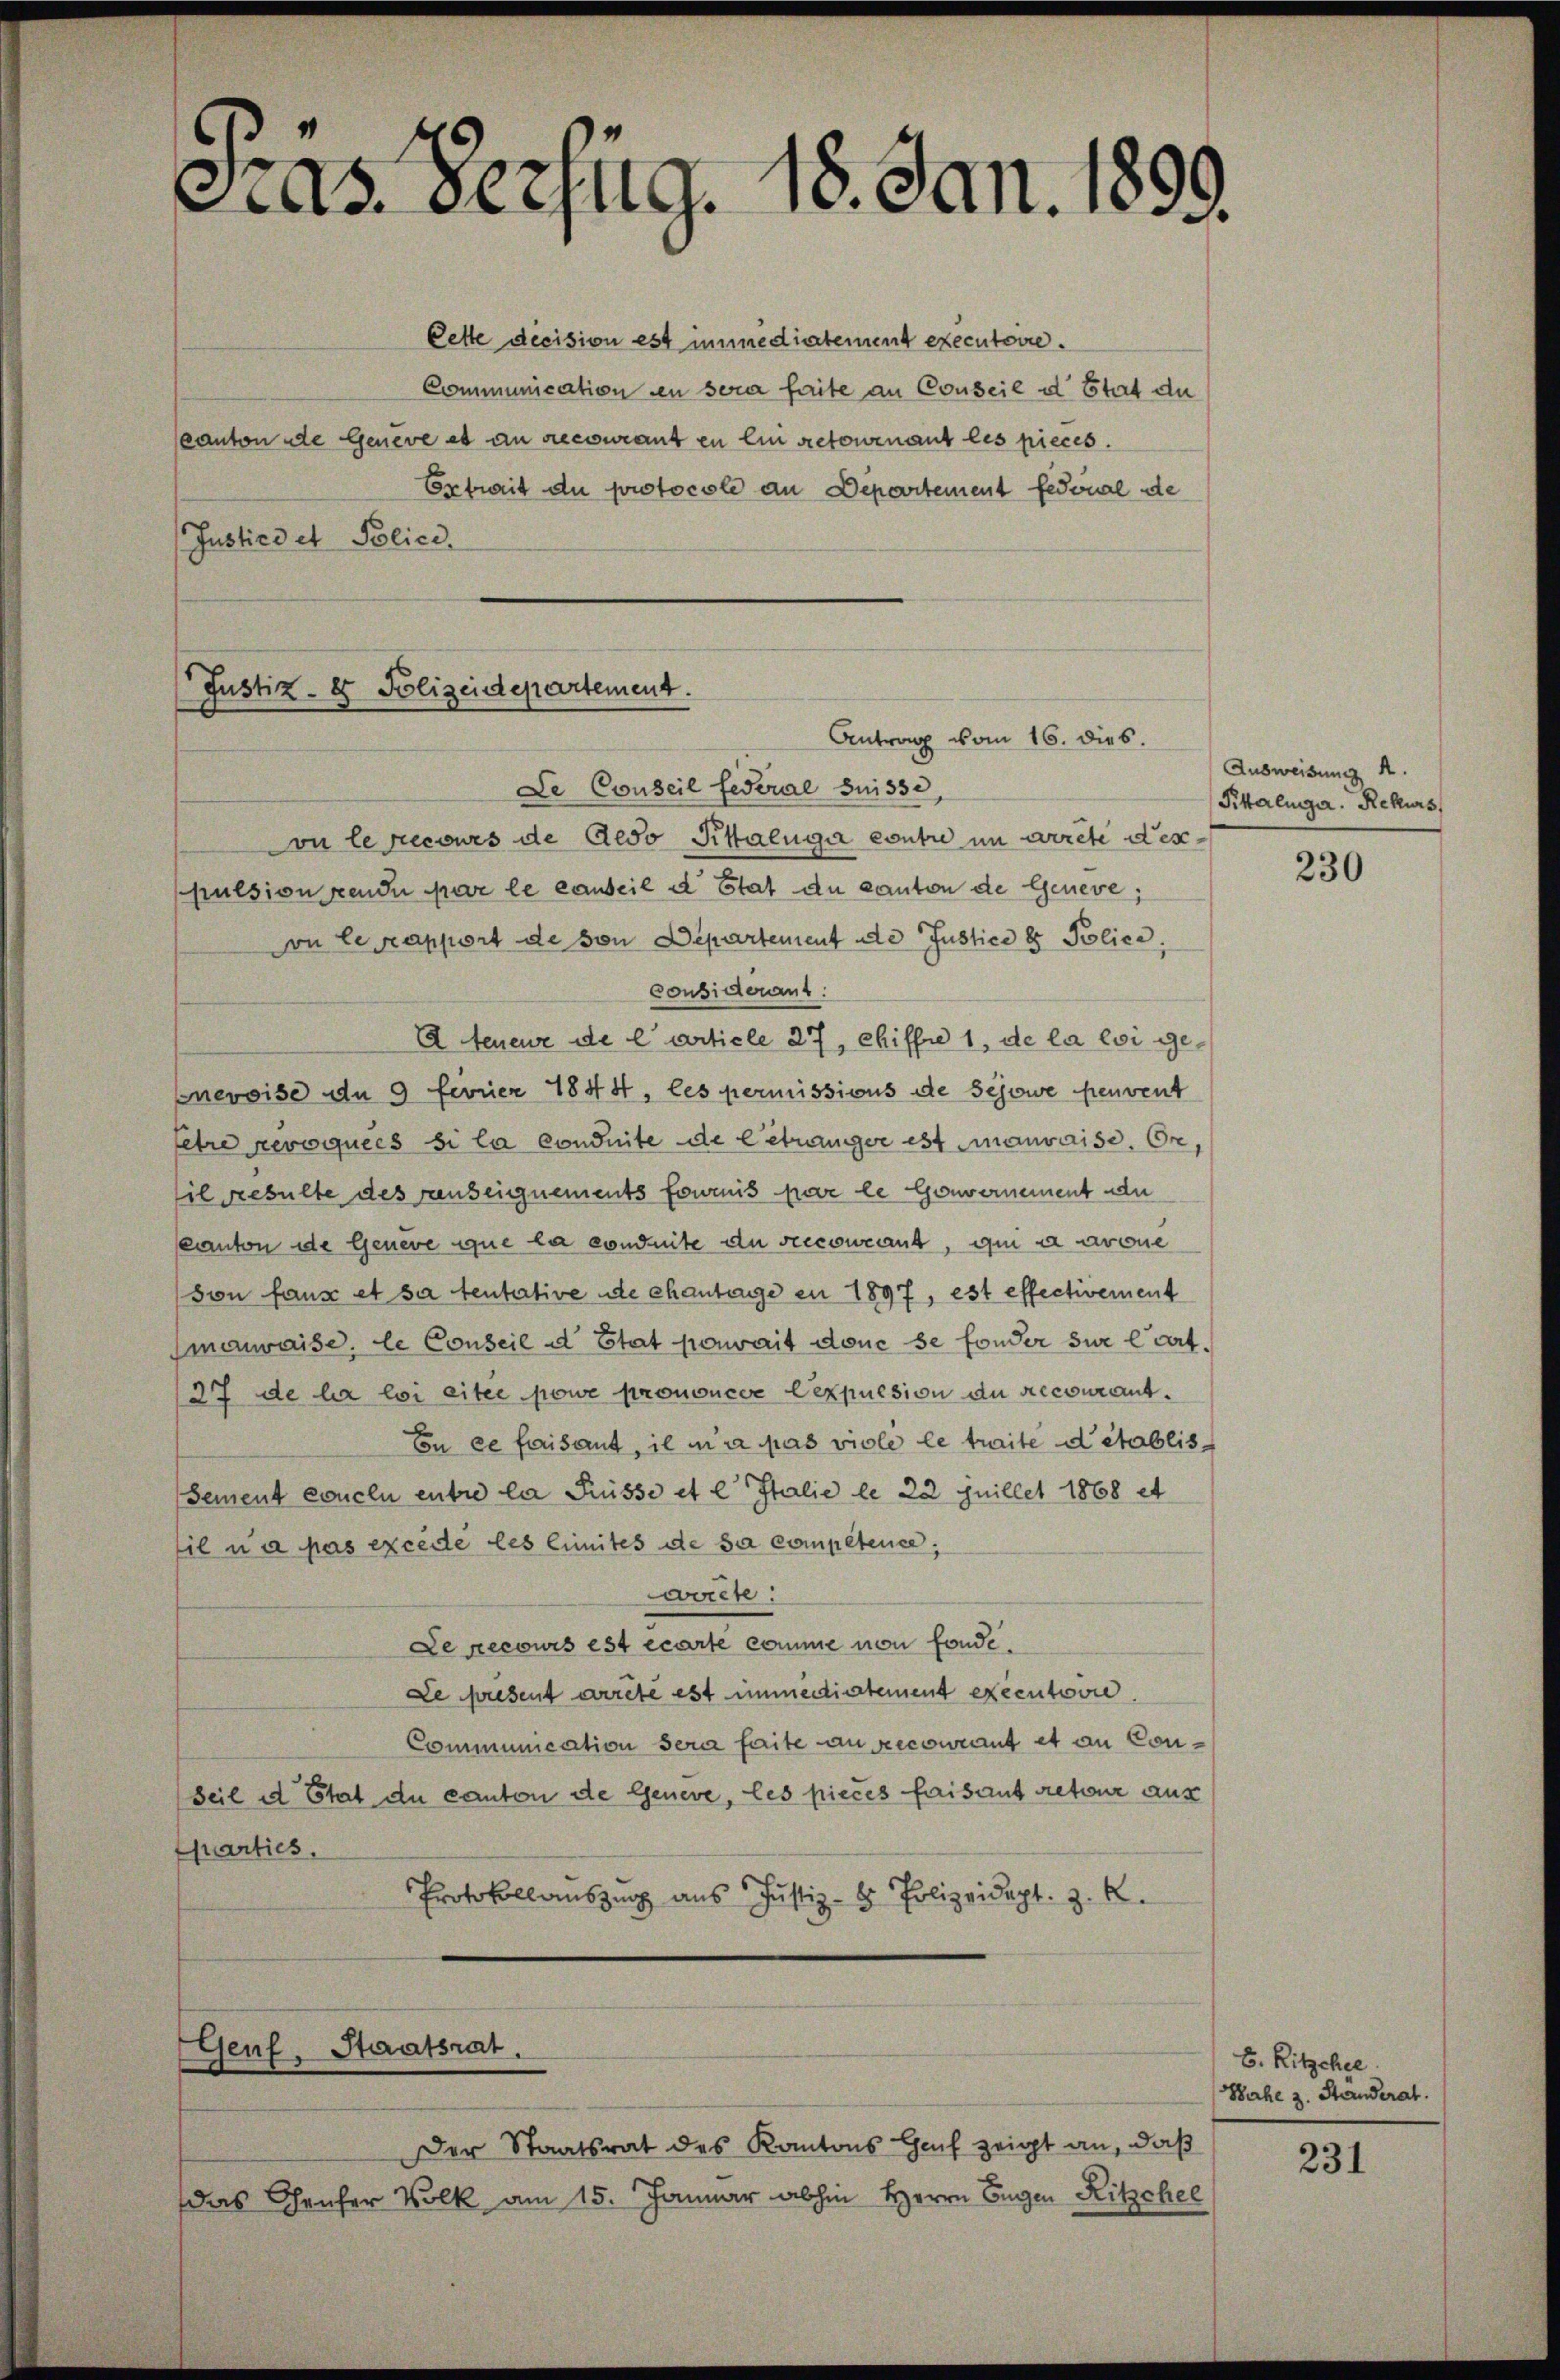
cas. Verzug. u. Jan. 1899.

Cette decision est immediatement executoire.
Communication in sera faite an Conseil d. Stat de
canton de Geneve et an recourant en ein retournant les pieces.
Extrait du protocole an Departement fédoual de
Justice et Polici

Justiz- & Polizeidepartement.
Antrag vom 16. dies.
Le Conseil festral Suisse,

on le recours de Geso Kittaluga contie im arrete der
pulsion rende par le causeil d. Stat du canton de Geneve;
on le rapport de von Departement de Justice 8 Police
considérant
A teneur de l’article 27, Chiffe 1, de la loi genevoise du 9 ferner 1844, les permissions de Schöwe peuvent
fetre revoquées si la conduite de betranger ist mauvaise. Er,
fil Resulte des renseignements fournis par le Gouvernement du
Kanton de Genere que la conduite du recourant, qui a avoue
son fause et sa tentative de chantage en 1897, est effectivement
mowaise, le Conseil d Etat pouvait dene se fonder sur l’art.
27 de la loi eiter powe prononcer expulsion du recourant¬
En ce faisant, il n’a pas viele le traite detablis
Sement conclu entre la Puisse et e Italie le 22 Juillet 1868 et
il u a pas excède les limites de sa competence,
ovorte:
Le recours est écarte comme von fonde.
Le present arrete est immediatement executoire.
Communication sera faite au recourant et an Con¬
Seil d Etat du canton de Genere, les pieces faisant retour aus
Quarties.
Protokollauszug aus Justiz- & Polizeidept. z. B.

Genf, Staatsrat.

Der Staatsrat des Kantons Genf zeigt an, daß
das Hauser Volk am 15. Januar abhin Herrn Gegen Ritzchee

Ausweisung 4.
Pikalinge. Rekurs

230

6. Ritzchel
Nahe z. Standerat.

231